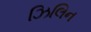
ઝિલિન